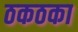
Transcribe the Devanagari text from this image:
ठकठका